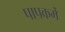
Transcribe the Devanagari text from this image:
पापकर्मे